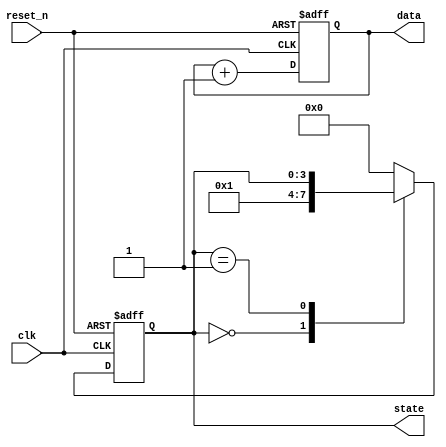
module initialization_example (
    input wire clk,         // Clock signal
    input wire reset_n,     // Active-low reset signal
    output reg [7:0] data,  // 8-bit data register
    output reg [3:0] state  // 4-bit state register
);

// State encoding
localparam STATE_IDLE = 4'b0000;
localparam STATE_RUN  = 4'b0001;

// Initialization Block
always @(posedge clk or negedge reset_n) begin
    if (!reset_n) begin
        // Conditional initialization on reset
        data <= 8'b00000000;   // Initialize data to 0
        state <= STATE_IDLE;   // Set initial state to IDLE
    end else begin
        // Main operation (to be defined)
        // Example: Increment data
        data <= data + 1;
        
        // State machine operation (example)
        case (state)
            STATE_IDLE: begin
                // Transition logic
                state <= STATE_RUN;   // Move to RUN state
            end
            STATE_RUN: begin
                // Continue operation or transition
                // Add additional state logic here
            end
            default: begin
                state <= STATE_IDLE; // Default to IDLE on unknown state
            end
        endcase
    end
end

endmodule